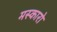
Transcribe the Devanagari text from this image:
मस्कारो